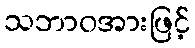
သဘာဝအားဖြင့်